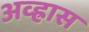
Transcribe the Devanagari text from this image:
अव्ह्रास